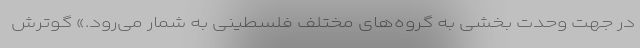
در جهت وحدت بخشی به گروه‌های مختلف فلسطینی به شمار می‌رود.» گوترش